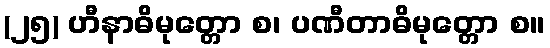
(၂၅) ဟီနာဓိမုတ္တော စ၊ ပဏီတာဓိမုတ္တော စ။